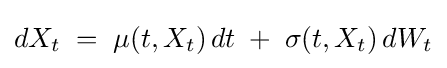
dX_{t}\;=\;\mu (t,X_{t})\,dt\;+\;\sigma (t,X_{t})\,dW_{t}